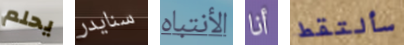
يحلم سنايدر الأنتباه أنا سألتقط